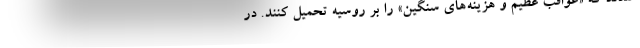
شدند که «عواقب عظیم و هزینه‌های سنگین» را بر روسیه تحمیل کنند. در